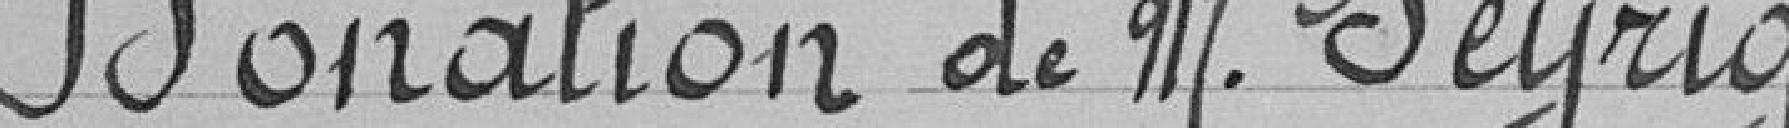
Donation de M. Seyrig